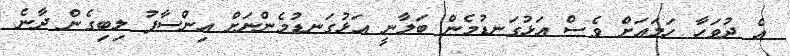
އެ ދުވަހާ ހަމައަށް ވެސް އަޅުގަނޑުމެން ބަލާނީ އަޅުގަނޑުމެންނަށް އިންސާފު ލިބިގެން ދާނެ